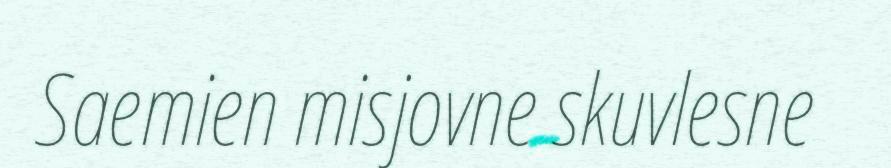
Saemien misjovne skuvlesne